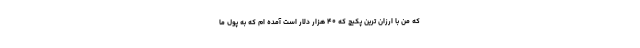
که من با ارزان ترین پکیج که ۴۰ هزار دلار است آمده ام که به پول ما